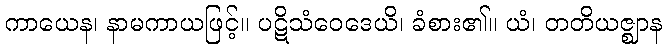
ကာယေန၊ နာမကာယဖြင့်။ ပဋိသံဝေဒေယိ၊ ခံစား၏။ ယံ၊ တတိယဇ္ဈာန